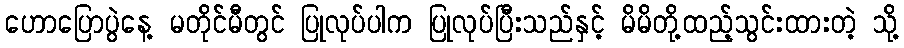
ဟောပြောပွဲနေ့ မတိုင်မီတွင် ပြုလုပ်ပါက ပြုလုပ်ပြီးသည်နှင့် မိမိတို့ထည့်သွင်းထားတဲ့ သို့